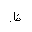
Letter: _za